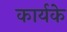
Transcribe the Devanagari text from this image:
कार्यके